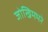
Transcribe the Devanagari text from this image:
जोखिमभरे